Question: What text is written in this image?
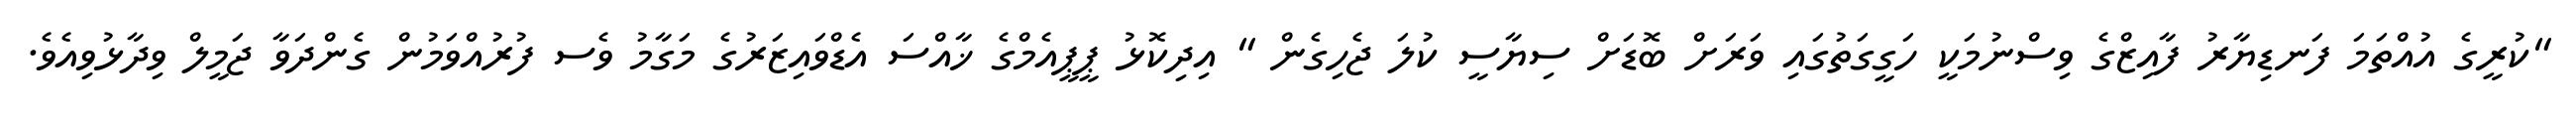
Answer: "ކުރީގެ އުއްތަމަ ފަނޑިޔާރު ފާއިޒްގެ ވިސްނުމަކީ ހަގީގަތުގައި ވަރަށް ބޮޑަށް ސިޔާސީ ކުލަ ޖެހިގެން " އިދިކޮޅު ޕީޕީއެމްގެ ޚާއްސަ އެޑްވައިޒަރުގެ މަގާމު ވެސ ފުރުއްވަމުން ގެންދަވާ ޖަމީލް ވިދާޅުވިއެވެ.